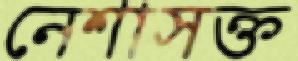
নেশাসক্ত